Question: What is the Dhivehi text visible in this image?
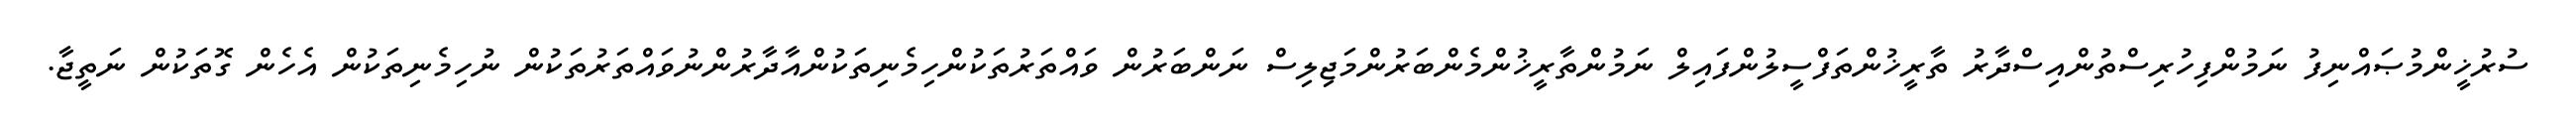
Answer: ސުރުޚީންމުޞައްނިފު ނަމުންފިހުރިސްތުންއިސްދާރު ތާރީޚުންތަފްސީލުންފައިލް ނަމުންތާރީޚުންމެންބަރުންމަޖިލިސް ނަންބަރުން ވައްތަރުތަކުންހިމެނިތަކުންއާދާރުންނުވައްތަރުތަކުން ނުހިމެނިތަކުން އެހެން ގޮތަކުން ނަތީޖާ.